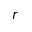
r